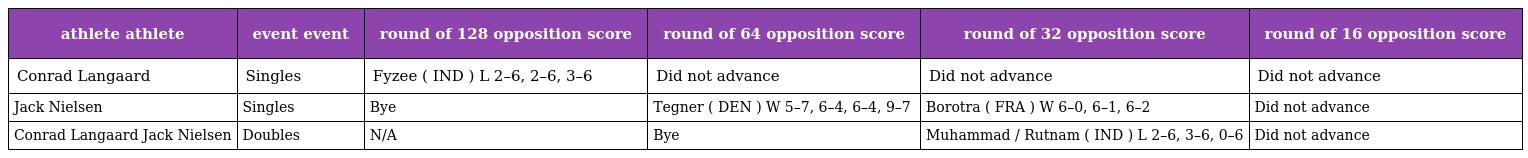
| athlete athlete | event event | round of 128 opposition score | round of 64 opposition score | round of 32 opposition score | round of 16 opposition score |
 | --- | --- | --- | --- | --- | --- |
 | Conrad Langaard | Singles | Fyzee ( IND ) L 2–6, 2–6, 3–6 | Did not advance | Did not advance | Did not advance |
 | Jack Nielsen | Singles | Bye | Tegner ( DEN ) W 5–7, 6–4, 6–4, 9–7 | Borotra ( FRA ) W 6–0, 6–1, 6–2 | Did not advance |
 | Conrad Langaard Jack Nielsen | Doubles | N/A | Bye | Muhammad / Rutnam ( IND ) L 2–6, 3–6, 0–6 | Did not advance |